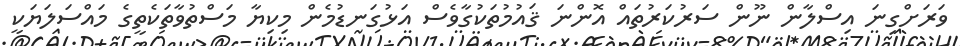
ވަރަށްގިނަ އިސްލާން ނޫން ސަރުކަރުތައް އޮންނަ ޤައުމުތަކުގާވެސް އަޅުގަނޑުމެން މިކިޔާ މަސްތުވާތަކެތީގެ މައްސަލަޔަކީ